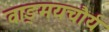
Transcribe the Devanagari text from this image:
वाङ्‌मयचौर्य